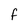
Character: f